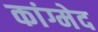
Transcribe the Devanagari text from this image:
कांग्मेद